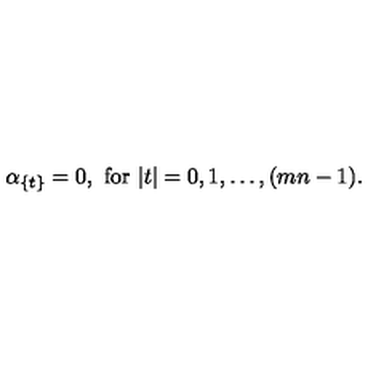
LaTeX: \alpha _ { \{ t \} } = 0 , \ \mathrm { f o r } \ | t | = 0 , 1 , \ldots , ( m n - 1 ) .